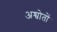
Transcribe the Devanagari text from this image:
अश्वोतों